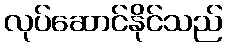
လုပ်ဆောင်နိုင်သည်